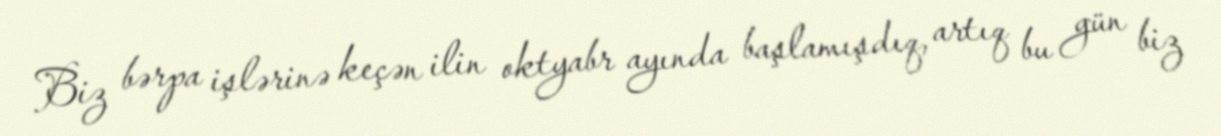
Biz bərpa işlərinə keçən ilin oktyabr ayında başlamışdıq, artıq bu gün biz